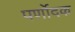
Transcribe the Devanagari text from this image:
पर्णोदक